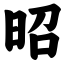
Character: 昭